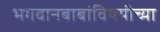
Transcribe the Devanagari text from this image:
भगवानबाबांविषयीच्या